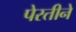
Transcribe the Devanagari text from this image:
पेरतीने